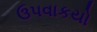
ઉપવાકયો